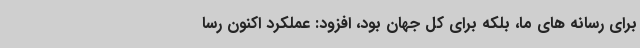
برای رسانه های ما، بلکه برای کل جهان بود، افزود: عملکرد اکنون رسا